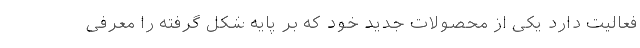
فعالیت دارد یکی از محصولات جدید خود که بر پایه شکل گرفته را معرفی